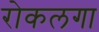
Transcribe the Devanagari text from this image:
रोकलगा